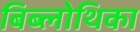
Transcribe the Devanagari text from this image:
बिब्लोथिका